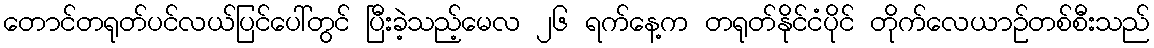
တောင်တရုတ်ပင်လယ်ပြင်ပေါ်တွင် ပြီးခဲ့သည့်မေလ ၂၆ ရက်နေ့က တရုတ်နိုင်ငံပိုင် တိုက်လေယာဉ်တစ်စီးသည်